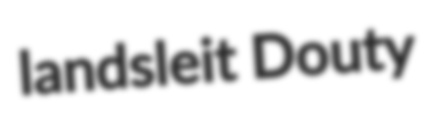
landsleit Douty